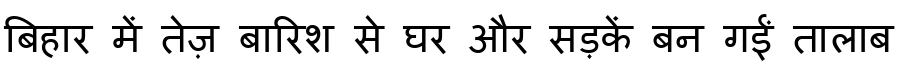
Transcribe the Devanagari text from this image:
बिहार में तेज़ बारिश से घर और सड़कें बन गईं तालाब